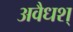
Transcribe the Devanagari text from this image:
अवैधश्